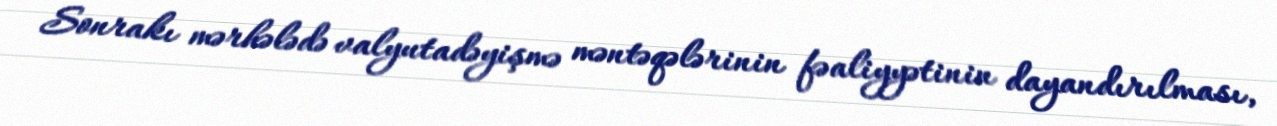
Sonrakı mərhələdə valyutadəyişmə məntəqələrinin fəaliyyətinin dayandırılması,